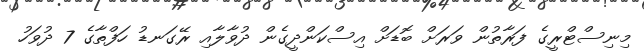
މިނިސްޓްރީގެ ފަރާތުން ވަރަށް ބޮޑަށް އިސްކަންދީގެން ދުވާލާއި ރޭގަނޑު ހަފްތާގެ 7 ދުވަހު